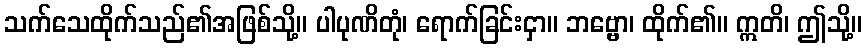
သက်သေထိုက်သည်၏အဖြစ်သို့။ ပါပုဏိတုံ၊ ရောက်ခြင်းငှာ။ ဘဗ္ဗော၊ ထိုက်၏။ ဣတိ၊ ဤသို့။